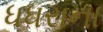
ધધરાના